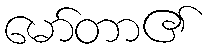
မော်တာ၏